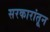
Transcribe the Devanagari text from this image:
सरकारांतून